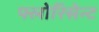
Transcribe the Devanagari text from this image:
फ्लोरिसेन्ट